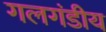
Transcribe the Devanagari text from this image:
गलगंडीय